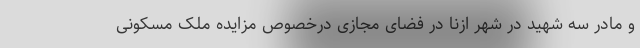
و مادر سه شهید در شهر ازنا در فضای مجازی درخصوص مزایده ملک مسکونی